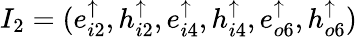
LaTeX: I_{2}=(e_{i2}^{\uparrow},h_{i2}^{\uparrow},e_{i4}^{\uparrow},h_{i4}^{\uparrow},e_{o6}^{\uparrow},h_{o6}^{\uparrow})